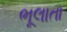
ભૂલાતા